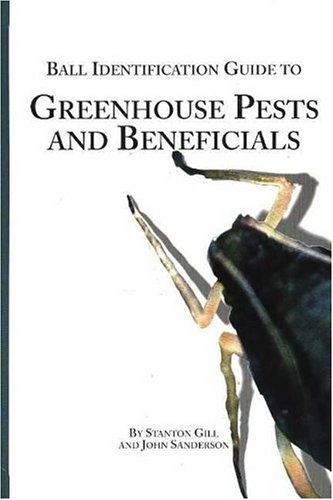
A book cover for Ball Identification Guide to Greenhouse Pests and Beneficials; Stanton Gill; Crafts, Hobbies & Home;